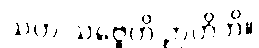
သဟ သဗ္ဗေဟိ ဉာတိဘိ။